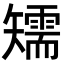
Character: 𥐎